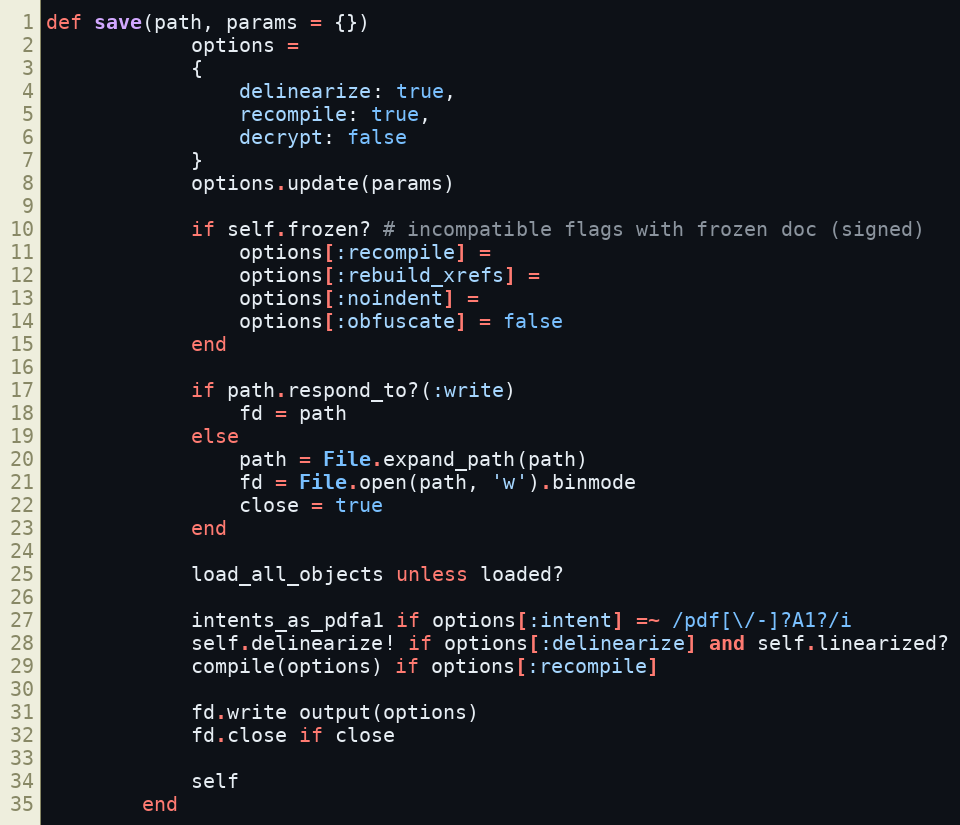
Language: Ruby
def save(path, params = {})
            options =
            {
                delinearize: true,
                recompile: true,
                decrypt: false
            }
            options.update(params)

            if self.frozen? # incompatible flags with frozen doc (signed)
                options[:recompile] =
                options[:rebuild_xrefs] =
                options[:noindent] =
                options[:obfuscate] = false
            end

            if path.respond_to?(:write)
                fd = path
            else
                path = File.expand_path(path)
                fd = File.open(path, 'w').binmode
                close = true
            end

            load_all_objects unless loaded?

            intents_as_pdfa1 if options[:intent] =~ /pdf[\/-]?A1?/i
            self.delinearize! if options[:delinearize] and self.linearized?
            compile(options) if options[:recompile]

            fd.write output(options)
            fd.close if close

            self
        end